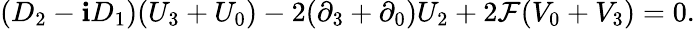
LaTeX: (D_{2}-\mathbf{i}D_{1})(U_{3}+U_{0})-2(\partial_{3}+\partial_{0})U_{2}+2{\cal{F}}(V_{0}+V_{3})=0.